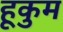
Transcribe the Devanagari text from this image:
हूकुम